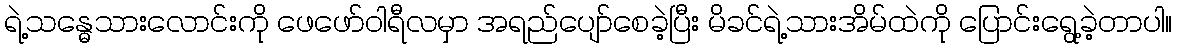
ရဲ့သန္ဓေသားလောင်းကို ဖေဖော်ဝါရီလမှာ အရည်ပျော်စေခဲ့ပြီး မိခင်ရဲ့သားအိမ်ထဲကို ပြောင်းရွေ့ခဲ့တာပါ။